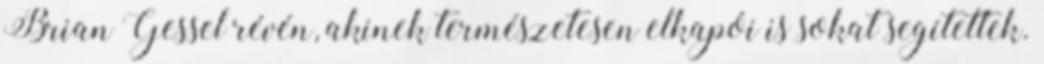
Brian Gessel révén, akinek természetesen elkapói is sokat segítettek.